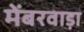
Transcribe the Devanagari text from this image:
मेंबरवाड़ा